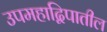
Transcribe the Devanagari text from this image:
उपमहाद्विपातील